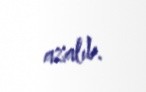
azalıb.